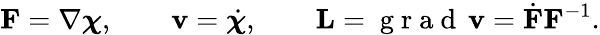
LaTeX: {\mathbf F}=\nabla\boldsymbol{\chi},\qquad{\mathbf v}=\dot{\boldsymbol{\chi}},\qquad{\mathbf L}=\mathrm{~g~r~a~d~}\, {\mathbf v}=\dot{{\mathbf F}}{\mathbf F}^{-1}.